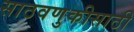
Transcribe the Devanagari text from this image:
साठवणुकीसाठी